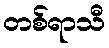
တစ်ရာသီ